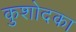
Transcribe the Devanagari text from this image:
कुशोदका